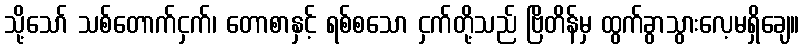
သို့သော် သစ်တောက်ငှက်၊ တောစာနှင့် ရစ်စသော ငှက်တို့သည် ဗြိတိန်မှ ထွက်ခွာသွားလေ့မရှိချေ။